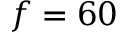
f = 6 0